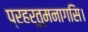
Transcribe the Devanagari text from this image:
प्रहर्तुमनागसि।